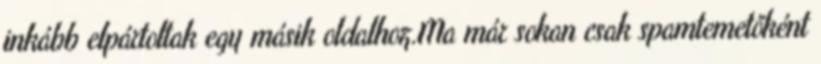
inkább elpártoltak egy másik oldalhoz.Ma már sokan csak spamtemetőként